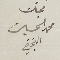
محبّك محمد الحسين النجفي